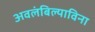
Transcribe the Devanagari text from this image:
अवलंबिल्याविना